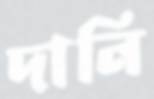
দানি